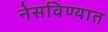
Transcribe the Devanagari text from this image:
नेसविण्यात